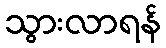
သွားလာရန်